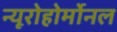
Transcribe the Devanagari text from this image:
न्यूरोहोर्मोनल